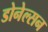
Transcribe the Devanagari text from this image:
डोनेल्सन